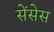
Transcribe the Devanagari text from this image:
सेंसेस